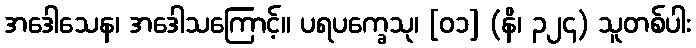
အဒေါသေန၊ အဒေါသကြောင့်။ ပရပက္ခေသု၊ [၀၁] (နိ၊ ၃၂၄) သူတစ်ပါး